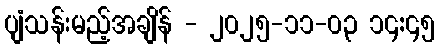
ပျံသန်းမည့်အချိန် - ၂၀၂၅-၁၁-၀၃ ၁၄:၄၅